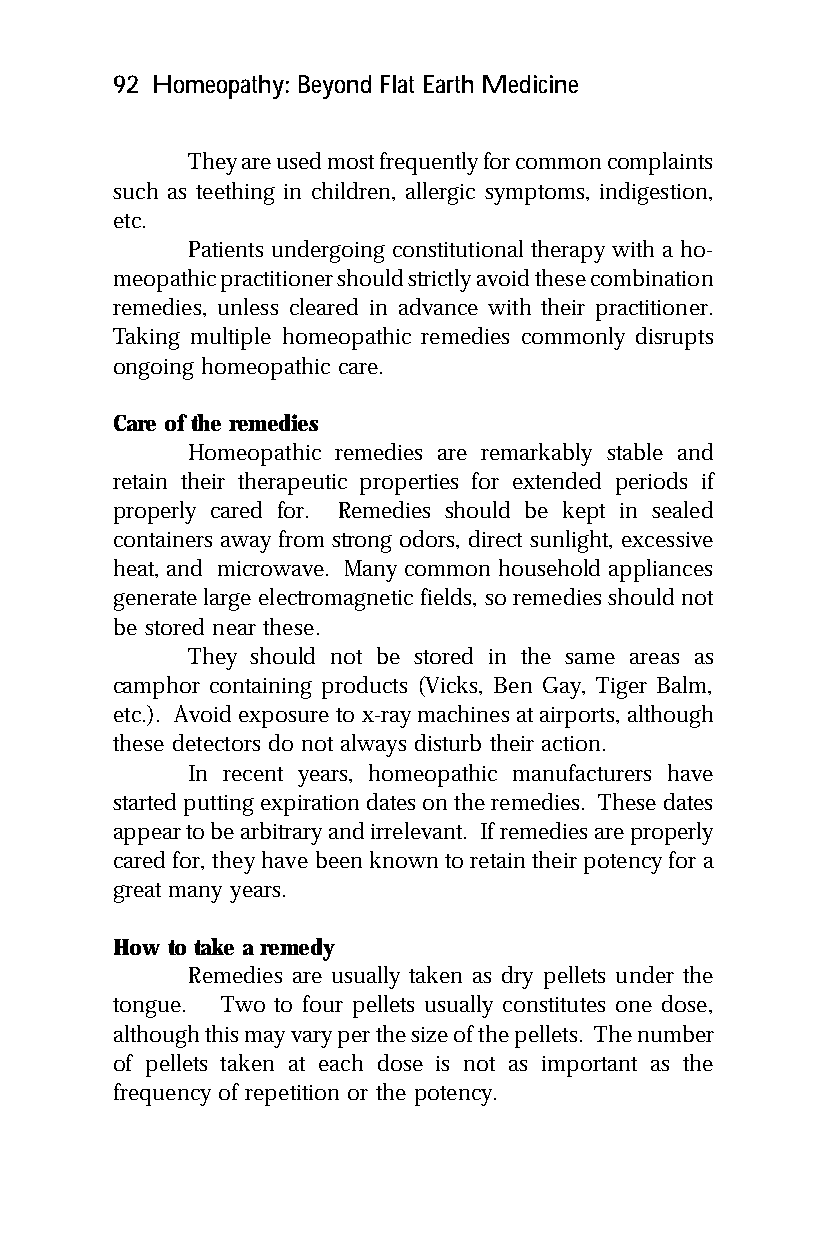
92 Homeopathy: Beyond Flat Earth Medicine
 They are used most frequently for common complaints
 such as teething in children, allergic symptoms, indigestion,
 etc.
 Patients undergoing constitutional therapy with a ho-
 meopathic practitioner should strictly avoid these combination
 remedies, unless cleared in advance with their practitioner.
 Taking multiple homeopathic remedies commonly disrupts
 ongoing homeopathic care.
 Care of the remedies
 Homeopathic remedies are remarkably stable and
 retain their therapeutic properties for extended periods if
 properly cared for. Remedies should be kept in sealed
 containers away from strong odors, direct sunlight, excessive
 heat, and microwave. Many common household appliances
 generate large electromagnetic fields, so remedies should not
 be stored near these.
 They should not be stored in the same areas as
 camphor containing products (Vicks, Ben Gay, Tiger Balm,
 etc.). Avoid exposure to x-ray machines at airports, although
 these detectors do not always disturb their action.
 In recent years, homeopathic manufacturers have
 started putting expiration dates on the remedies. These dates
 appear to be arbitrary and irrelevant. If remedies are properly
 cared for, they have been known to retain their potency for a
 great many years.
 How to take a remedy
 Remedies are usually taken as dry pellets under the
 tongue. Two to four pellets usually constitutes one dose,
 although this may vary per the size of the pellets. The number
 of pellets taken at each dose is not as important as the
 frequency of repetition or the potency.